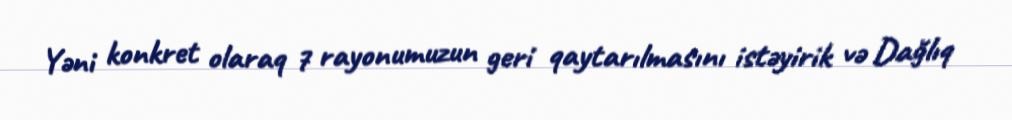
Yəni konkret olaraq 7 rayonumuzun geri qaytarılmasını istəyirik və Dağlıq